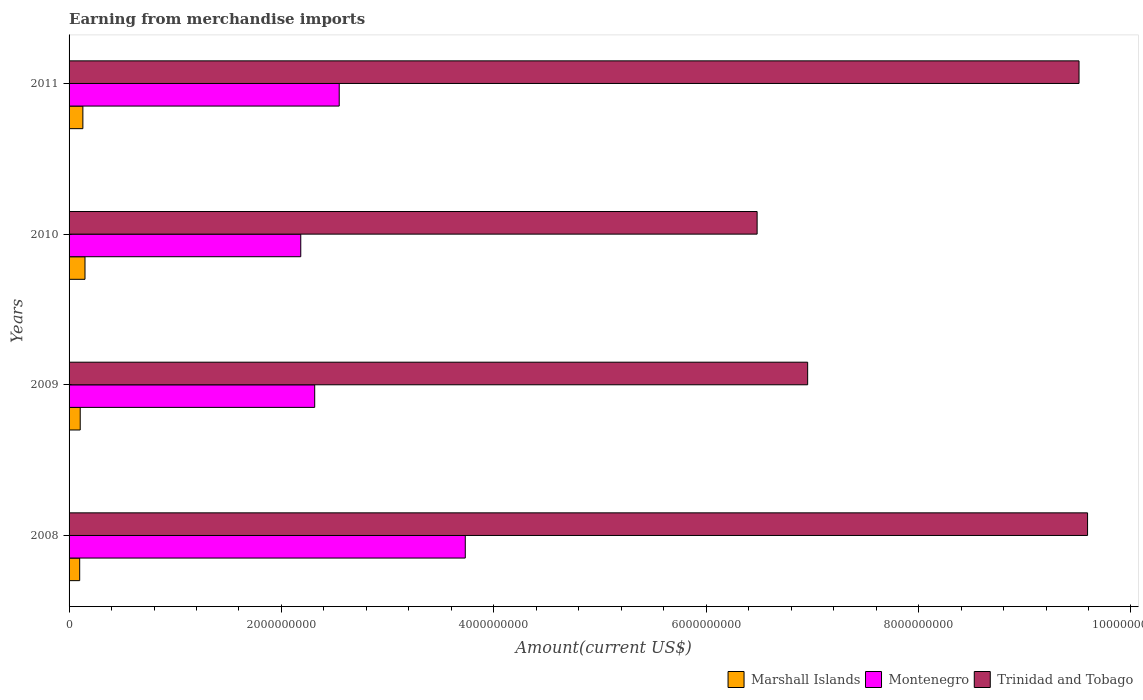
| Years | Marshall Islands | Montenegro | Trinidad and Tobago |
 | --- | --- | --- | --- |
 | 2008 | 1e+08 | 3.73e+09 | 9.59e+09 |
 | 2009 | 1.05e+08 | 2.31e+09 | 6.96e+09 |
 | 2010 | 1.5e+08 | 2.18e+09 | 6.48e+09 |
 | 2011 | 1.3e+08 | 2.54e+09 | 9.51e+09 |